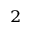
_ 2